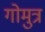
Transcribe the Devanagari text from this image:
गोमुत्र